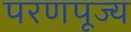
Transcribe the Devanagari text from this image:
परणपूज्य